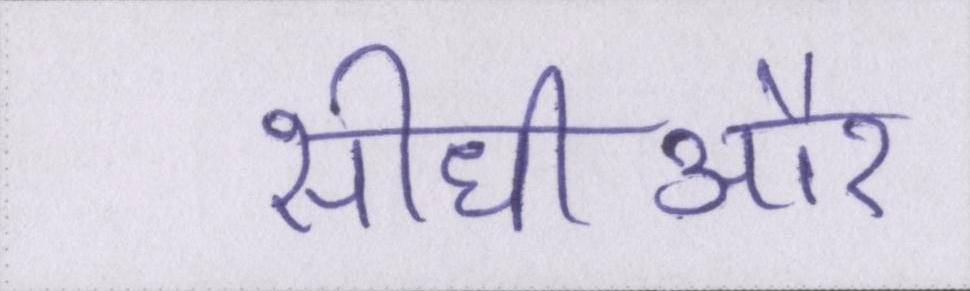
सीधीऔर